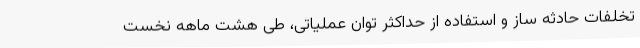
تخلفات حادثه ساز و استفاده از حداکثر توان عملیاتی، طی هشت ماهه نخست